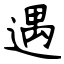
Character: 遇